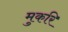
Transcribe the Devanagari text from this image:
मुकरि